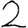
Digit: 2